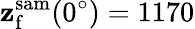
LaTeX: \mathbf{z}_{\mathrm{{f}}}^{\mathrm{{sam}}}(0^{\circ})=1170